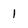
Character: 1